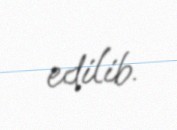
edilib.